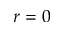
r = 0